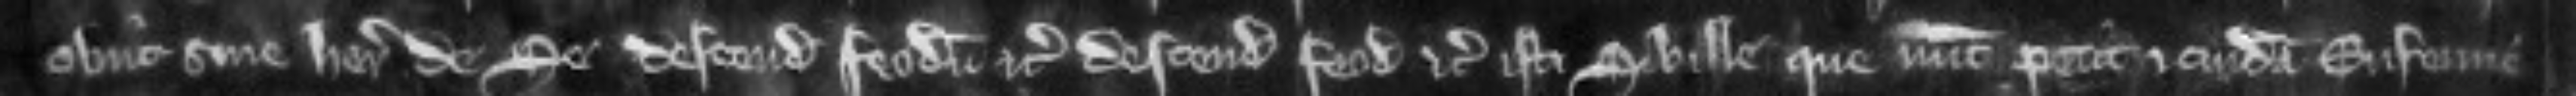
obiit sine herede de se descendit feodum etc. descendit feodum etc. isti Sibille que nunc petit et cuidam Eufemie